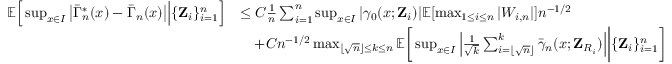
\begin{array} { r l } { \mathbb { E } \Big [ \operatorname* { s u p } _ { x \in I } \big | \bar { \Gamma } _ { n } ^ { * } ( x ) - \bar { \Gamma } _ { n } ( x ) \big | \Big \vert \{ \mathbf { Z } _ { i } \} _ { i = 1 } ^ { n } \Big ] } & { \leq C \frac { 1 } { n } \sum _ { i = 1 } ^ { n } \operatorname* { s u p } _ { x \in I } | \gamma _ { 0 } ( x ; \mathbf { Z } _ { i } ) | \mathbb { E } [ \operatorname* { m a x } _ { 1 \leq i \leq n } | W _ { i , n } | ] n ^ { - 1 / 2 } } \\ & { \quad + C n ^ { - 1 / 2 } \operatorname* { m a x } _ { \lfloor \sqrt { n } \rfloor \leq k \leq n } \mathbb { E } \bigg [ \operatorname* { s u p } _ { x \in I } \Big | \frac { 1 } { \sqrt { k } } \sum _ { i = \lfloor \sqrt { n } \rfloor } ^ { k } \bar { \gamma } _ { n } ( x ; \mathbf { Z } _ { R _ { i } } ) \Big | \bigg \vert \{ \mathbf { Z } _ { i } \} _ { i = 1 } ^ { n } \bigg ] } \end{array}